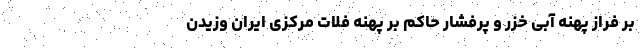
بر فراز پهنه آبی خزر و پرفشار حاکم بر پهنه فلات مرکزی ایران وزیدن